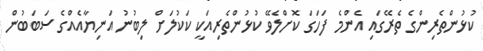
ކުޅުންތެރިންގެ ތެރޭގައި އެންމެ ފަހަގަ ކޮށްލެވޭ ކުޅުންތެރިއަކީ ކަކުލަށް ލިބުނު އަނިޔާއެއްގެ ސަބަބުން